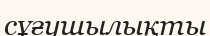
сұғушылықты